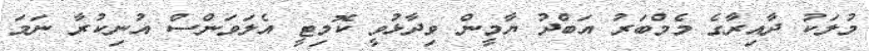
މުލަކު ދާއިރާގެ މެމްބަރު އަބްދު ޔާމީން ވިދާޅުވީ ކޮމިޓީ އެލަވަންސް އުނިކުރާ ނަމަ